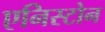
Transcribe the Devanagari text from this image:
एनिस्टोन